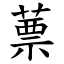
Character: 蔈